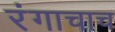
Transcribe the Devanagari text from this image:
रंगाचाच